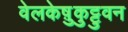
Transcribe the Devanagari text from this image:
वेलकेष़ुकुट्टुवन